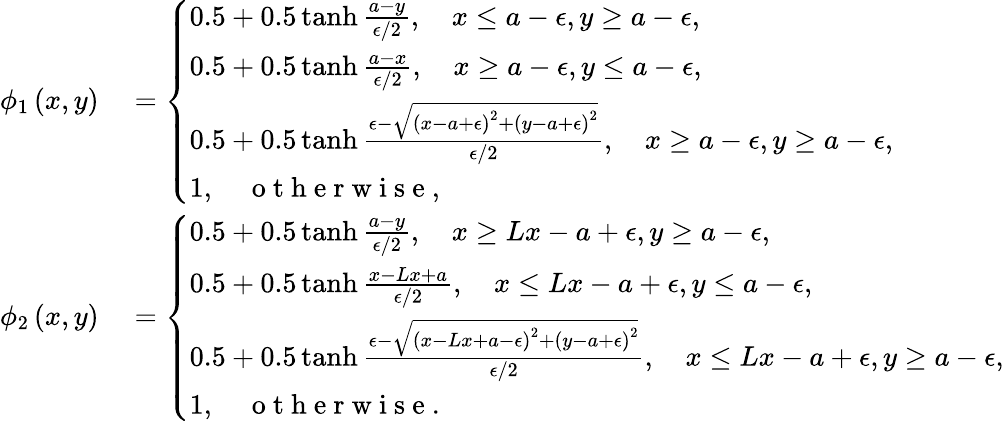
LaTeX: \begin{array}{rl}{\phi_{1}\left(x,y\right)}&{{}=\left\{ \begin{array}{ll}{0.5+0.5\operatorname{tanh}\frac{a-y}{\epsilon/2},\quad x\leq a-\epsilon,y\geq a-\epsilon,}\\ {0.5+0.5\operatorname{tanh}\frac{a-x}{\epsilon/2},\quad x\geq a-\epsilon,y\leq a-\epsilon,}\\ {0.5+0.5\operatorname{tanh}\frac{\epsilon-\sqrt{\left(x-a+\epsilon\right)^{2}+\left(y-a+\epsilon\right)^{2}}}{\epsilon/2},\quad x\geq a-\epsilon,y\geq a-\epsilon,}\\ {1,\quad\mathrm{~o~t~h~e~r~w~i~s~e~},}\end{array}\right.}\\ {\phi_{2}\left(x,y\right)}&{{}=\left\{ \begin{array}{ll}{0.5+0.5\operatorname{tanh}\frac{a-y}{\epsilon/2},\quad x\geq Lx-a+\epsilon,y\geq a-\epsilon,}\\ {0.5+0.5\operatorname{tanh}\frac{x-Lx+a}{\epsilon/2},\quad x\leq Lx-a+\epsilon,y\leq a-\epsilon,}\\ {0.5+0.5\operatorname{tanh}\frac{\epsilon-\sqrt{\left(x-Lx+a-\epsilon\right)^{2}+\left(y-a+\epsilon\right)^{2}}}{\epsilon/2},\quad x\leq Lx-a+\epsilon,y\geq a-\epsilon,}\\ {1,\quad\mathrm{~o~t~h~e~r~w~i~s~e~}.}\end{array}\right.}\end{array}